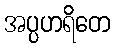
အပ္ပဟရိတေ